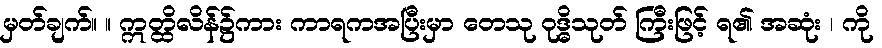
မှတ်ချက်။ ။ ဣတ္ထိလိန်၌ကား ကာရကအပြီးမှာ တေသု ဝုဒ္ဓိသုတ် ကြီးဖြင့် ရ၏ အဆုံး ၊ ကို